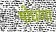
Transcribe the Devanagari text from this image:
षोघणा